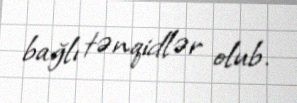
bağlı tənqidlər olub.